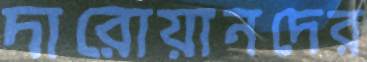
দারোয়ানদের